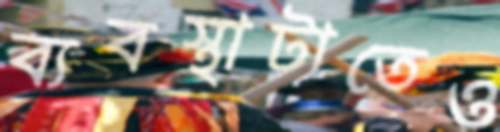
ব্যবস্থাটাতেও